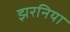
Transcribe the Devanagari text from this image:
झरनिया